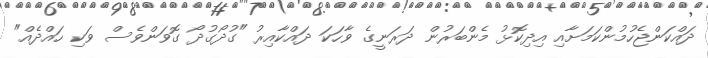
ދައްކަންޖެހުމުންކަމަށާއި އިދިކޮޅު މެންބަރުން ދަރަނީގެ ވާހަކަ ދައްކާއިރު "ގުދޯގުދޯ ގޮވަންވެސް ވަކި ހައްދެއް"